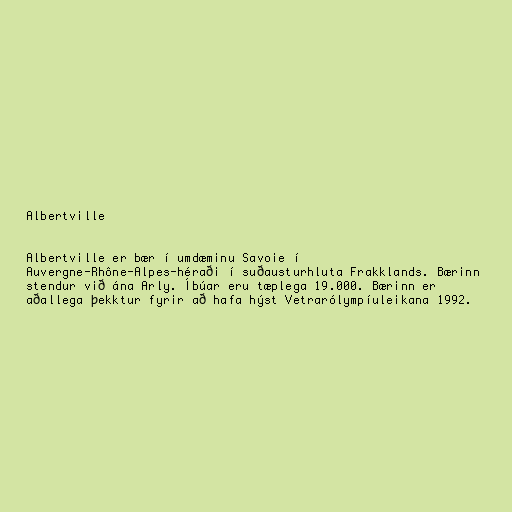
Albertville

Albertville er bær í umdæminu Savoie í
Auvergne-Rhône-Alpes-héraði í suðausturhluta Frakklands. Bærinn
stendur við ána Arly. Íbúar eru tæplega 19.000. Bærinn er
aðallega þekktur fyrir að hafa hýst Vetrarólympíuleikana 1992.